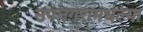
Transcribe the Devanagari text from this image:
उपनगरामधल्या